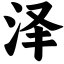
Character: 泽